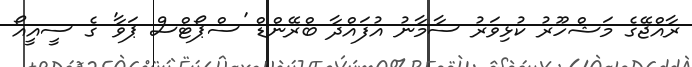
ރާއްޖޭގެ މަޝްހޫރު ކުޅިވަރު ސާމާނު އުފައްދާ ބްރޭންޑް 'ސްޕޯޓްސް ޕަވާ' ގެ ސީއީއޯ